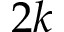
2 k